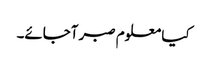
کیا معلوم صبر آجائے۔